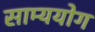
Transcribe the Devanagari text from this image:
साम्ययोग